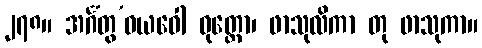
၂၇၈။ အင်္ဂံတွ’ဝယဝေါ ဝုတ္တော၊ ဖာသုလိကာ တု ဖာသုကာ။